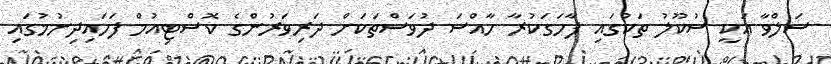
ސަލްވާ އަކީ ސުކޫލު ތަކުގައި ފާހަގަކުރާ ހާއްސަ ދުވަސްތަކަށް ދަރިވަރުންގެ ކޮސްޓިއުމް ފަހައިދިނުމުގައި